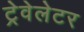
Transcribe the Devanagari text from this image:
ट्रेवेलेटर